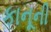
કાનૂની